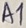
Text: A1